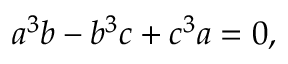
a ^ { 3 } b - b ^ { 3 } c + c ^ { 3 } a = 0 ,